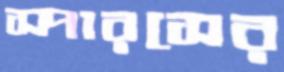
স্পারসের